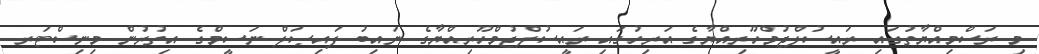
މި ރަސްމިއްޔާތުގައި ރައީސުލްޖުމްހޫރިއްޔާގެ އަރިހުގައި ރައީސުލްޖުމްހޫރިއްޔާގެ ނައިބު ފައިޞަލް ނަސީމްގެ އިތުރުން މިނިސްޓަރ